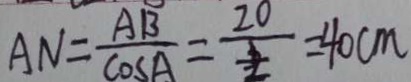
A N = \frac { A B } { \cos A } = \frac { 2 0 } { \frac { 3 } { 2 } } = 4 0 c m